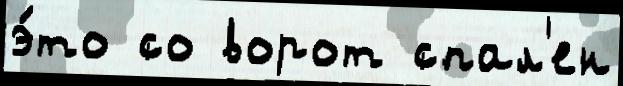
э́то со ворот спал'ен